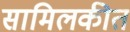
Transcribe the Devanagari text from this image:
सामिलकीत